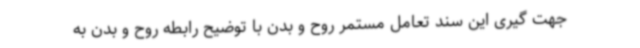
جهت گیری این سند تعامل مستمر روح و بدن با توضیح رابطه روح و بدن به